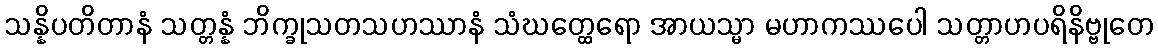
သန္နိပတိတာနံ သတ္တန္နံ ဘိက္ခုသတသဟဿာနံ သံဃတ္ထေရော အာယသ္မာ မဟာကဿပေါ သတ္တာဟပရိနိဗ္ဗုတေ